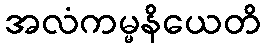
အလံကမ္မနိယေတိ